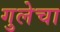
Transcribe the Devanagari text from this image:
गुलेचा